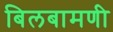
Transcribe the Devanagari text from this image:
बिलबामणी